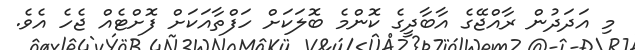
މި އަދަދުން ރާއްޖޭގެ އާބާދީގެ ކޮންމެ ބޮލަކަށް ހަފްތާއަކަށް ފޮށްޓެއް ޖެހެ އެވެ.